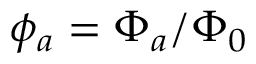
\phi _ { a } = \Phi _ { a } / \Phi _ { 0 }